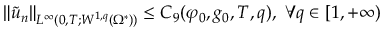
\lVert \tilde { u } _ { n } \rVert _ { L ^ { \infty } ( 0 , T ; W ^ { 1 , q } ( \Omega ^ { * } ) ) } \leq C _ { 9 } ( \varphi _ { 0 } , g _ { 0 } , T , q ) , \ \forall q \in [ 1 , + \infty )